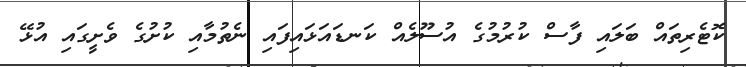
ކޮޓެރިތައް ބަލައި ފާސް ކުރުމުގެ އުސޫލެއް ކަނޑައަޅައިފައި ނެތުމާއި ކުށުގެ ވެށީގައި އުޅޭ